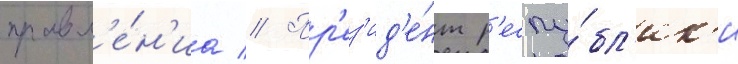
правл'е́н'иа // Пр'ез'ид'е́нт р'еспу́бл'ик'и